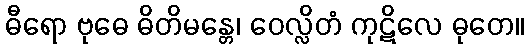
ဓီရော ဗုဓေ ဓိတိမန္တေ၊ ဝေလ္လိတံ ကုဋိလေ ဓုတေ။